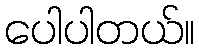
ပေါပါတယ်။